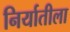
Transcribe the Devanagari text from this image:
निर्यातीला